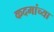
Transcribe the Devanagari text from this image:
कदमांच्या